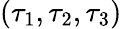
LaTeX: (\tau_{1},\tau_{2},\tau_{3})